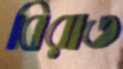
বিরাত